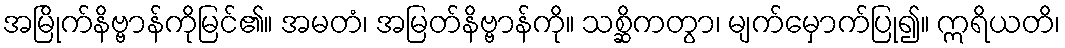
အမြိုက်နိဗ္ဗာန်ကိုမြင်၏။ အမတံ၊ အမြတ်နိဗ္ဗာန်ကို။ သစ္ဆိကတွာ၊ မျက်မှောက်ပြု၍။ ဣရိယတိ၊